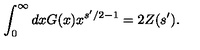
\int _ { 0 } ^ { \infty } d x G ( x ) x ^ { s ^ { \prime } / 2 - 1 } = 2 Z ( s ^ { \prime } ) .